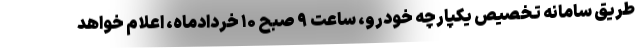
طریق سامانه تخصیص یکپارچه خودرو، ساعت ۹ صبح ۱۰ خردادماه، اعلام خواهد